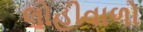
લોહીવાળો